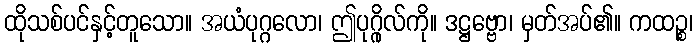
ထိုသစ်ပင်နှင့်တူသော။ အယံပုဂ္ဂလော၊ ဤပုဂ္ဂိုလ်ကို။ ဒဋ္ဌဗ္ဗော၊ မှတ်အပ်၏။ ကထဉ္စ၊